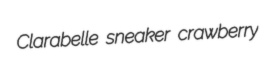
Clarabelle sneaker crawberry